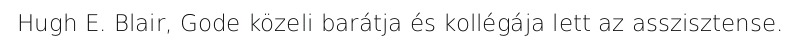
Hugh E. Blair, Gode közeli barátja és kollégája lett az asszisztense.